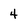
Character: 4